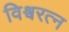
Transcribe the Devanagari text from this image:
विश्र्वरत्न